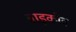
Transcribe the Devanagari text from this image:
बाइकोव